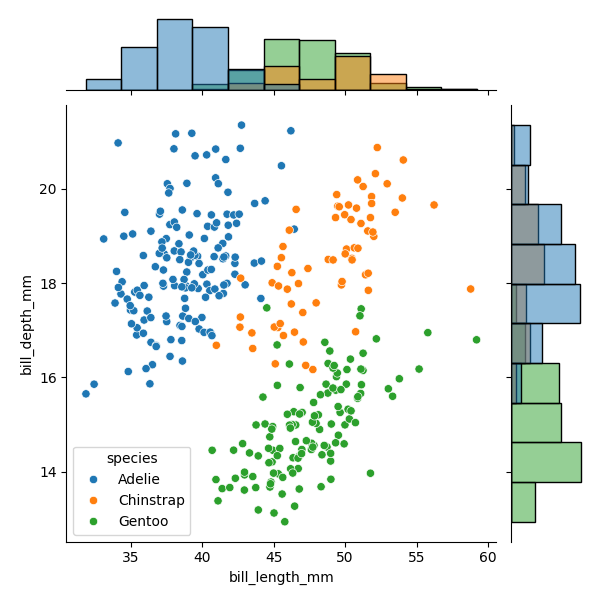
python, seaborn, JointGrid, scatterplot, histplot, hue